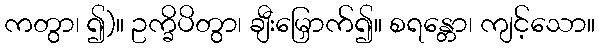
ကတွာ၊ ၍)။ ဥက္ခိပိတွာ၊ ချီးမြှောက်၍။ စရန္တော၊ ကျင့်သော။